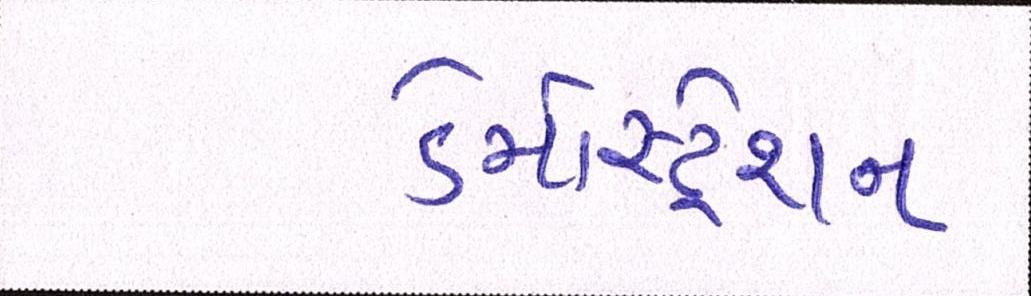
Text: ડેમોસ્ટ્રેશન